Cholera in India, 1862 to 1881
Year: 1862
Disease focus: Cholera
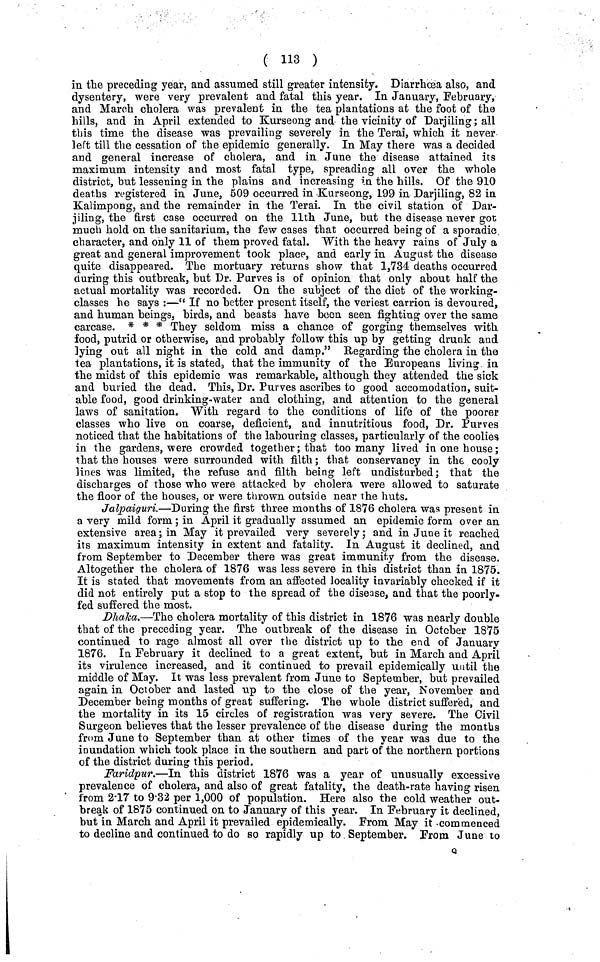
( 113 )
in the preceding year, and assumed still greater intensity. Diarrhoea also, and
dysentery, were very prevalent and fatal this year. In January, February,
and March cholera was prevalent in the tea plantations at the foot of the
hills, and in April extended to Kurseong and the vicinity of Darjiling; all
this time the disease was prevailing severely in the Terai, which it never
left till the cessation of the epidemic generally. In May there was a decided
and general increase of cholera, and in June the disease attained its
maximum intensity and most fatal type, spreading all over the whole
district, but lessening in the plains and increasing in the hills. Of the 910
deaths registered in June, 509 occurred in Kurseong, 199 in Darjiling, 82 in
Kalimpong, and the remainder in the Terai. In the civil station of Dar-
jiling, the first case occurred on the 11th June, but the disease never got
much hold on the sanitarium, the few cases that occurred being of a sporadic
character, and only 11 of them proved fatal. With the heavy rains of July a
great and general improvement took place, and early in August the disease
quite disappeared. The mortuary returns show that 1,734 deaths occurred
during this outbreak, but Dr. Purves is of opinion that only about half the
actual mortality was recorded. On the subject of the diet of the working-
classes he says :—" If no better present itself, the veriest carrion is devoured,
and human beings, birds, and beasts have boon seen fighting over the same
carcase. * * * They seldom miss a chance of gorging themselves with
food, putrid or otherwise, and probably follow this up by getting drunk and
lying out all night in the cold and damp." Regarding the cholera in the
tea plantations, it is stated., that the immunity of the Europeans living in
the midst of this epidemic was remarkable, although they attended the sick
and buried the dead. This, Dr. Purves ascribes to good accomodation, suit-
able food, good drinking-water and clothing, and attention to the general
laws of sanitation. With regard to the conditions of life of the poorer
classes who live on coarse, deficient, and innutritions food, Dr. Purves
noticed that the habitations of the labouring classes, particularly of the coolies
in the gardens, were crowded together; that too many lived in one house;
that the houses were surrounded with filth; that conservancy in the cooly
lines was limited, the refuse and filth being left undisturbed; that the
discharges of those who were attacked by cholera were allowed to saturate
the floor of the houses, or were thrown outside near the huts.
Jalpaiguri.—During the first three months of 1876 cholera was present in
a very mild form; in April it gradually assumed an epidemic form over an
extensive area; in May it prevailed very severely; and in June it reached
its maximum intensity in extent and fatality. In August it declined, and
from September to December there was great immunity from the disease.
Altogether the cholera of 1876 was less severe in this district than in 1875.
It is stated that movements from an affected locality invariably checked if it
did not entirely put a stop to the spread of the disease, and that the poorly-
fed suffered the most.
Dhaka.—The cholera mortality of this district in 1876 was nearly double
that of the preceding year. The outbreak of the disease in October 1875
continued to rage almost all over the district up to the end of January
1876. In February it declined to a great extent, but in March and April
its virulence increased, and it continued to prevail epidemically until the
middle of May. It was less prevalent from June to September, but prevailed
again in October and lasted up to the close of the year, November and
December being months of great suffering. The whole district suffered, and
the mortality in its 15 circles of registration was very severe. The Civil
Surgeon believes that the lesser prevalence of the disease during the months
from June to September than at other times of the year was due to the
inundation which took place in the southern and part of the northern portions
of the district during this period.
Faridpur.—In this district 1876 was a year of unusually excessive
prevalence of cholera, and also of great fatality, the death-rate having risen
from 2·17 to 9·32 per 1,000 of population. Here also the cold weather out-
break of 1875 continued on to January of this year. In February it declined,
but in March and April it prevailed epidemically. From May it commenced
to decline and continued to do so rapidly up to September. From June to
Q